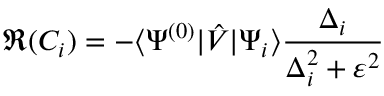
\Re ( C _ { i } ) = - \langle \Psi ^ { ( 0 ) } | \hat { V } | \Psi _ { i } \rangle \frac { \Delta _ { i } } { \Delta _ { i } ^ { 2 } + \varepsilon ^ { 2 } }